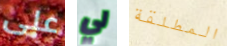
على لي المطلقة